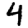
Digit: 4